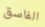
الفاسق